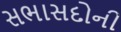
સભાસદોની